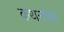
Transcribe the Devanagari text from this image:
कथनांक